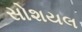
સોશયલ